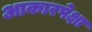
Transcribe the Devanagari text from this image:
आकारपेक्षा